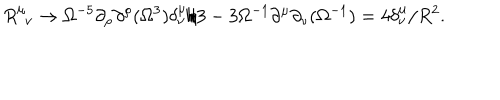
R _ { \phantom { \mu } \nu } ^ { \mu } \rightarrow \Omega ^ { - 5 } \partial _ { \rho } \partial ^ { \rho } ( \Omega ^ { 3 } ) \delta _ { \nu } ^ { \mu } / 3 - 3 \Omega ^ { - 1 } \partial ^ { \mu } \partial _ { \nu } ( \Omega ^ { - 1 } ) = 4 \delta _ { \nu } ^ { \mu } / R ^ { 2 } .